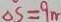
\Delta S = 9 m